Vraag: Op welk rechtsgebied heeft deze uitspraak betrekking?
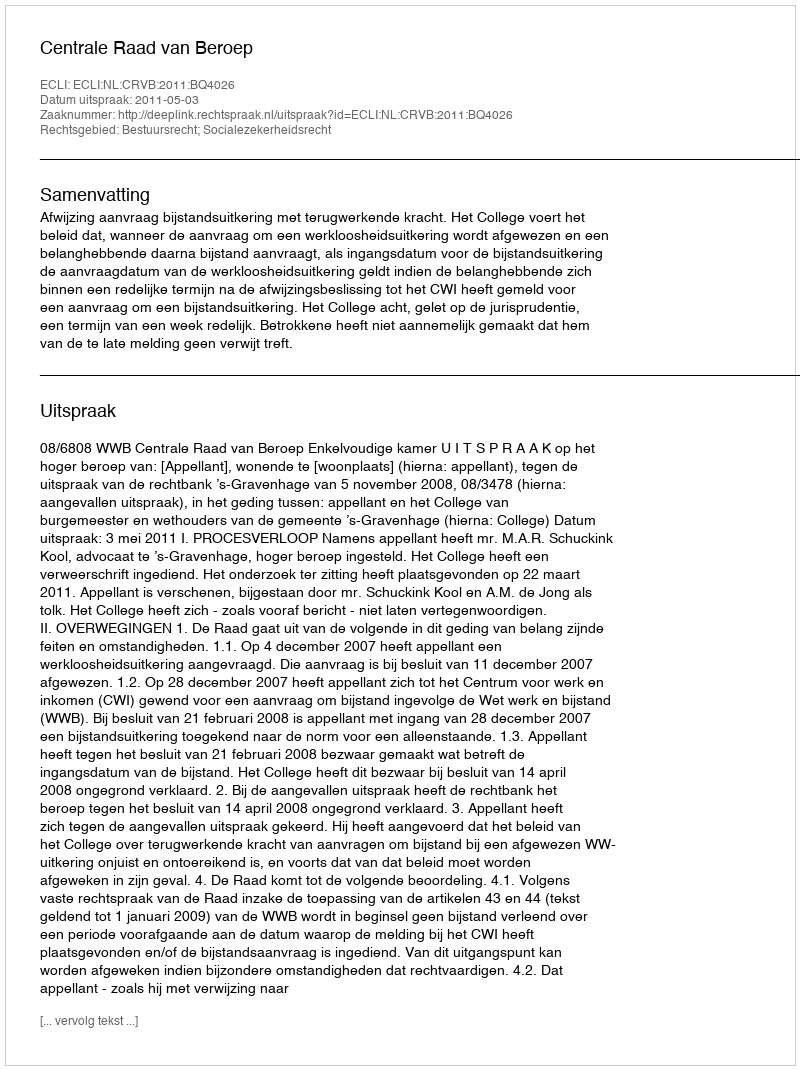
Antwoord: Bestuursrecht; Socialezekerheidsrecht